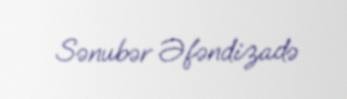
Sənubər Əfəndizadə